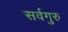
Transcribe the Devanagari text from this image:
सर्वगुरु